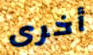
أخرى